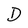
Character: D